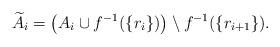
LaTeX: \begin{align*}\widetilde{A}_i=\left(A_i\cup f^{-1}(\{r_i\})\right)\setminus f^{-1}(\{r_{i+1}\}).\end{align*}